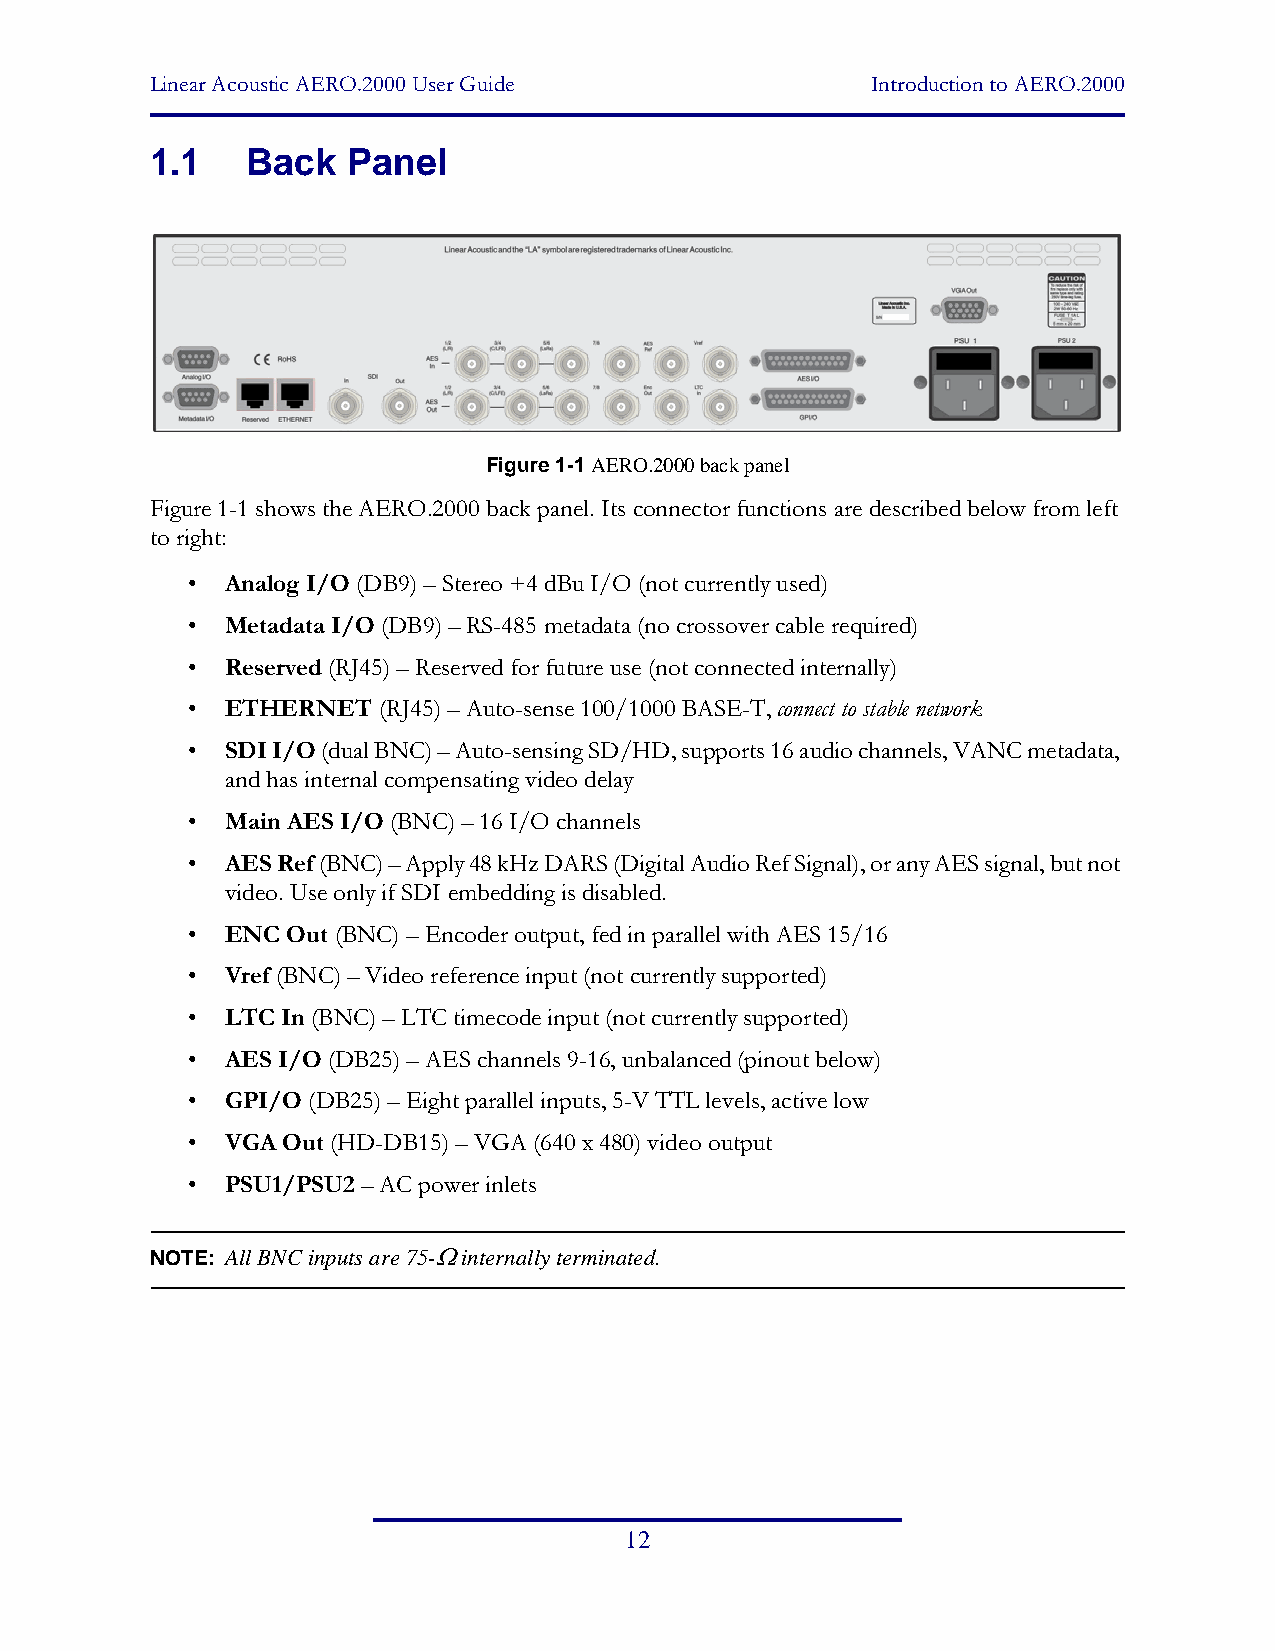
Linear Acoustic AERO.2000 User Guide            Introduction to AERO.2000
 1.1   Back   Panel
 Figure 1-1 AERO.2000 back panel
 Figure 1-1 shows the AERO.2000 back panel. Its connector functions are described below from left
 to right:
 •  Analog I/O (DB9) – Stereo +4 dBu I/O (not currently used)
 •  Metadata I/O (DB9) – RS-485 metadata (no crossover cable required)
 •  Reserved (RJ45) – Reserved for future use (not connected internally)
 •  ETHERNET  (RJ45) – Auto-sense 100/1000 BASE-T, connect to stable network
 •  SDI I/O (dual BNC) – Auto-sensing SD/HD, supports 16 audio channels, VANC metadata,
 and has internal compensating video delay
 •  Main AES I/O (BNC) – 16 I/O channels
 •  AES Ref (BNC) – Apply 48 kHz DARS (Digital Audio Ref Signal), or any AES signal, but not
 video. Use only if SDI embedding is disabled.
 •  ENC Out (BNC) – Encoder output, fed in parallel with AES 15/16
 •  Vref (BNC) – Video reference input (not currently supported)
 •  LTC In (BNC) – LTC timecode input (not currently supported)
 •  AES I/O (DB25) – AES channels 9-16, unbalanced (pinout below)
 •  GPI/O (DB25) – Eight parallel inputs, 5-V TTL levels, active low
 •  VGA Out (HD-DB15) – VGA (640 x 480) video output
 •  PSU1/PSU2 – AC power inlets
 NOTE: All BNC inputs are 75- internally terminated.
 12